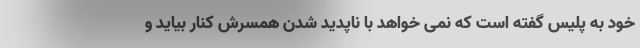
خود به پلیس گفته است که نمی خواهد با ناپدید شدن همسرش کنار بیاید و